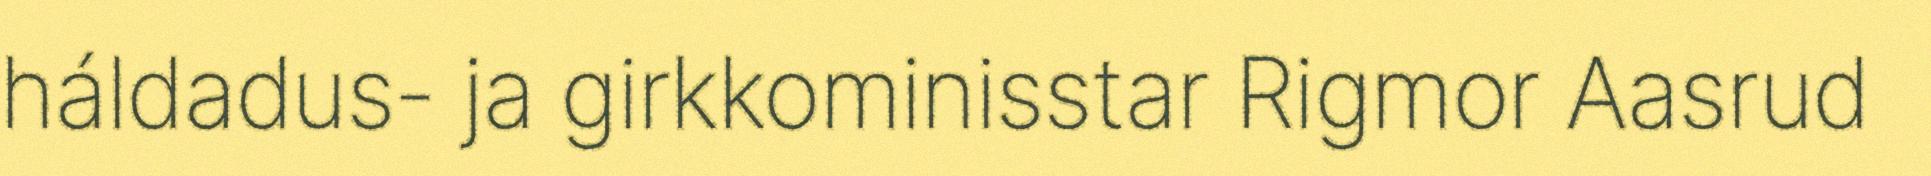
háldadus- ja girkkominisstar Rigmor Aasrud